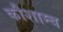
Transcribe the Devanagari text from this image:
कौशाम्ब